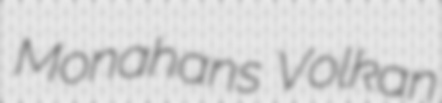
Monahans Volkan